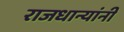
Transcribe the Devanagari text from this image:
राजधान्यांनी